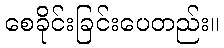
စေခိုင်းခြင်းပေတည်း။